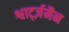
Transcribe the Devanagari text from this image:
श्वार्ट्ज़मैन